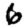
Digit: 6